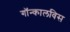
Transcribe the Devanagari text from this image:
गॉन्कालविस